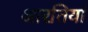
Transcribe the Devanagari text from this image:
आरतियां